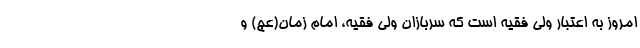
امروز به اعتبار ولی فقیه است که سربازان ولی فقیه، امام زمان(عج) و